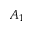
A _ { 1 }